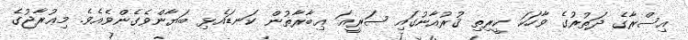
އިސްރާގެ ދަތުރުގެ ވާހަކަ ކީރިތި ޤުރުއާނުގައި ޞަރީޢަ ޢިބާރާތުން ކަނޑައެޅި ބަޔާންވެގެންވެއެވެ. މިޢުރާޖުގެ